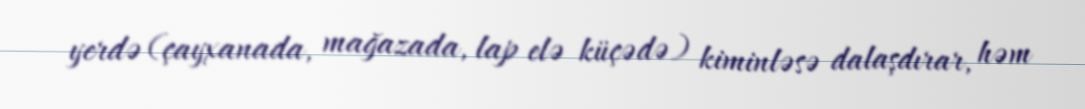
yerdə (çayxanada, mağazada, lap elə küçədə) kiminləsə dalaşdırar, həm